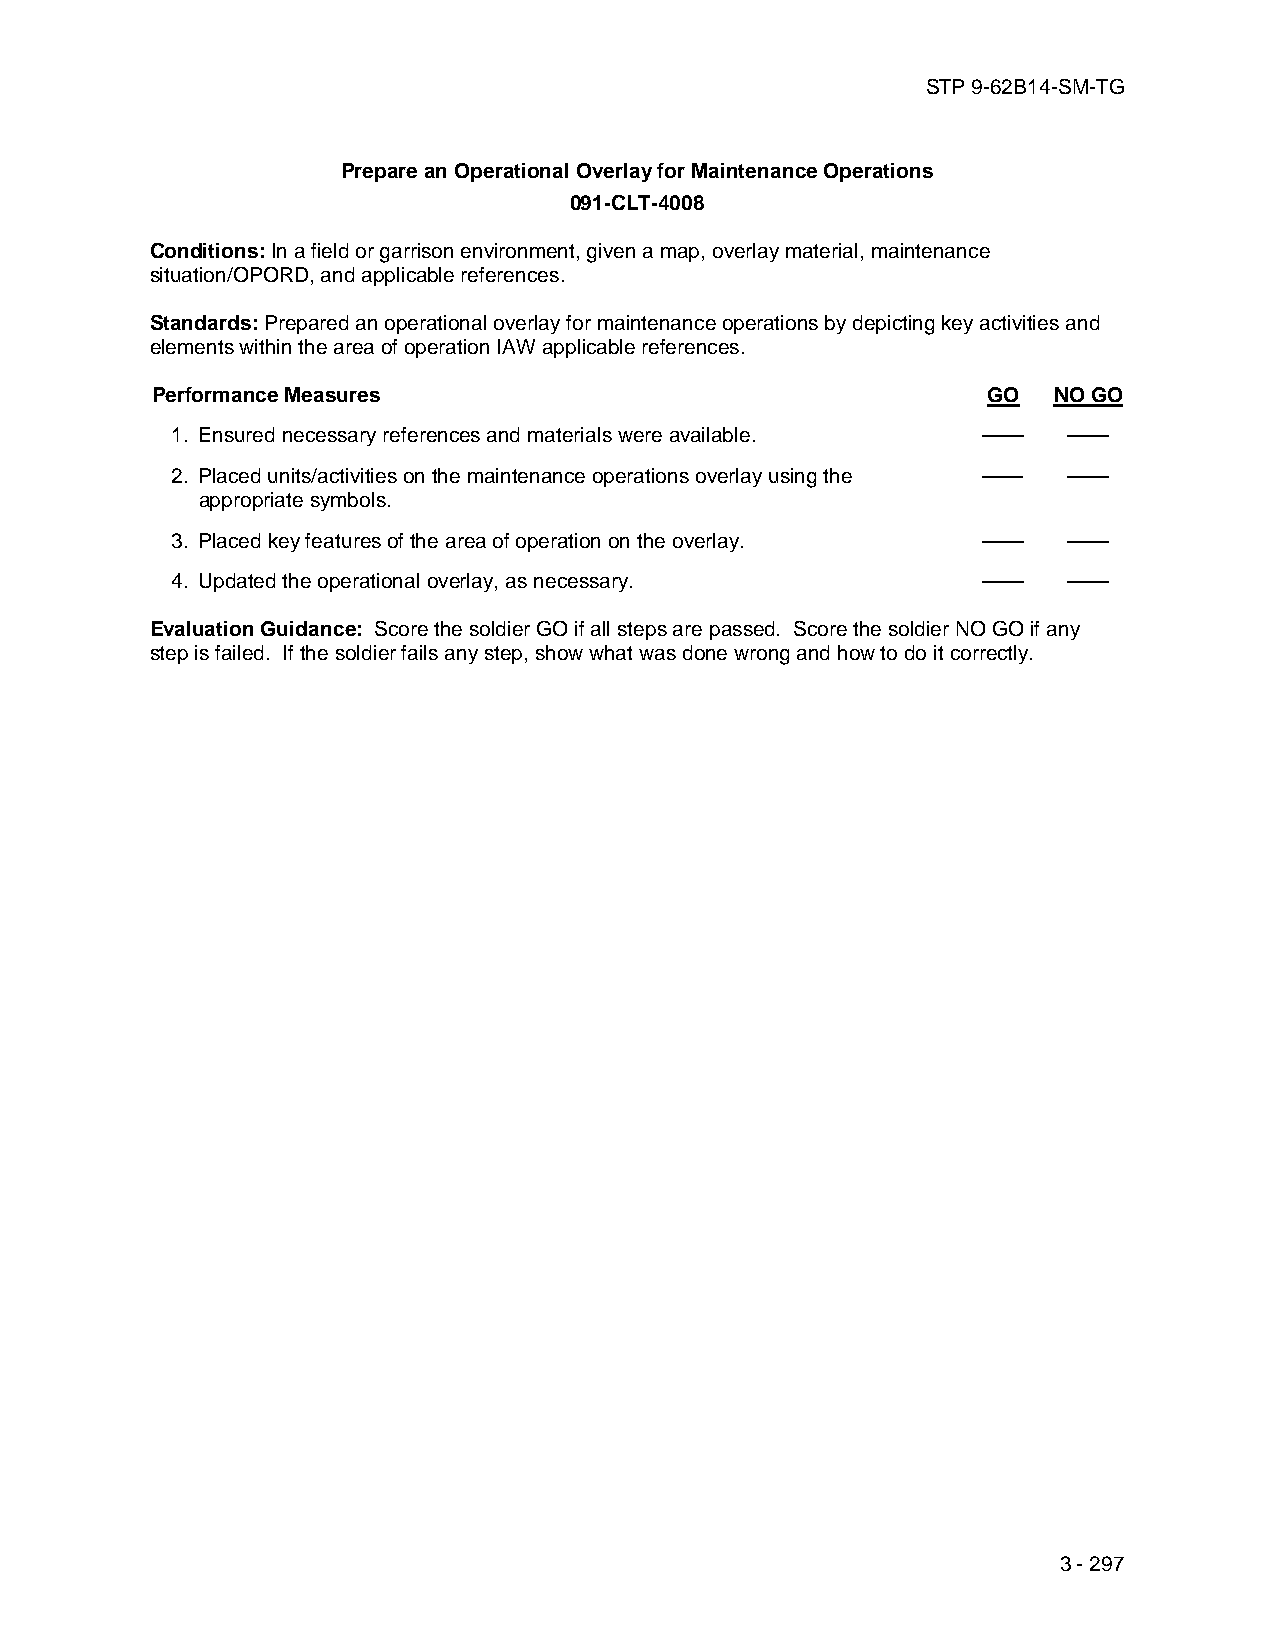
STP 9-62B14-SM-TG
 Prepare an Operational Overlay for Maintenance Operations
 091-CLT-4008
 Conditions: In a field or garrison environment, given a map, overlay material, maintenance
 situation/OPORD, and applicable references.
 Standards: Prepared an operational overlay for maintenance operations by depicting key activities and
 elements within the area of operation IAW applicable references.
 Performance Measures                                   GO   NO GO
 1. Ensured necessary references and materials were available. —— ——
 2. Placed units/activities on the maintenance operations overlay using the —— ——
 appropriate symbols.
 3. Placed key features of the area of operation on the overlay. —— ——
 4. Updated the operational overlay, as necessary.     ——    ——
 Evaluation Guidance: Score the soldier GO if all steps are passed. Score the soldier NO GO if any
 step is failed. If the soldier fails any step, show what was done wrong and how to do it correctly.
 3 - 297